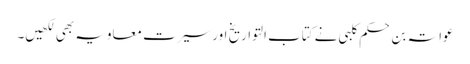
عواتہ بن حکم کلبی نے کتاب التواریخ اور سیرت معاویہ بھی لکھیں۔